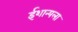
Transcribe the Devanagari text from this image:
ईशान्यला